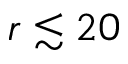
r \lesssim 2 0